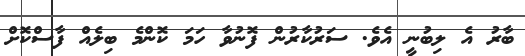
ބާރު އެ ލިބުނީ އެވެ. ސަރުކާރުން ފޮނުވާ ހަމަ ކޮންމެ ބިލެއް ފާސްކޮށް